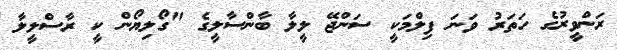
ރަންވީރުގެ ހަތަރު ވަނަ ފިލްމަކީ ސަންޖޭ ލީލާ ބާންސާލީގެ "ގޯލިޔޯން ކީ ރާސްލީލާ